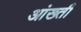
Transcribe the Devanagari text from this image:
आंख्ती